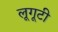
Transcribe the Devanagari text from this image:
लूगूटी